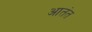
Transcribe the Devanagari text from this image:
आतंत